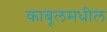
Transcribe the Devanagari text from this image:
काबूलमधील